Cholera in southern India
Disease focus: Cholera
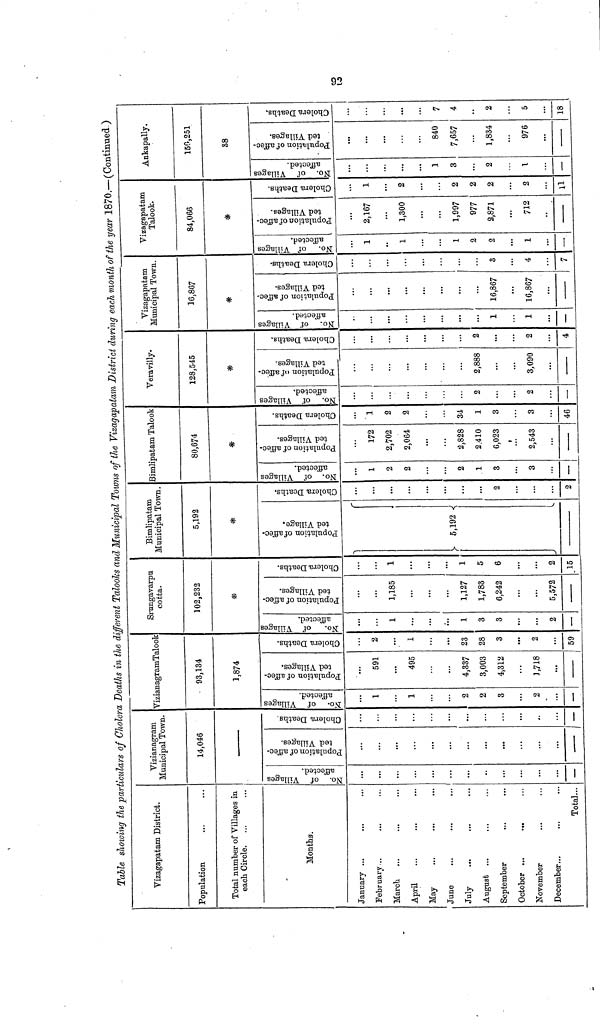
92
Table showing the particulars of Cholera Deaths in the different Talooks and Municipal Towns of the Vizagapatam District during each month of the year 1870.—(Continued )
Vizagapatam District.
Population
Total number of Villages in
each Circle.
Months.
January ...
February...
March
April
May
June
July
August ...
September
October ...
...
November
December...
Total...
Yizianagram
Municipal Town.
14,046
No. of Villages affected
—
Population of affected Villages
Cholera Deaths
—
VizianagramTalook
93,134
1,874
No. of Villages affected
1
1
2
2
3
2
—
Population of affected Villages
591
495
4,337
3,003
4,312
1,718
Cholera Deaths
2
1
23
28
3
2
59
Srungavarpu
cotta.
102,232
No. of Villages affected
1
...
1
3
3
2
—
Population of affected Villages
1,185
...
1,127
1,783
6,242
5,572
Cholera Deaths
1
1
5
6
2
15
Bimlipatam
Municipal Town.
5,192
Population of affected Villages
5,192
Cholera Deaths
...
...
2
...
2
Bimlipatam Talook
80,674
*
No. of Villages affected
1
2
2
2
1
3
3
Population of affected Villages
172
2,702
2,064
2,828
2,410
6,023
2,543
Cholera Deaths
1
2
2
34
1
3
3
46
Veravilly.
128,545
No. of Villages affected
2
2
—
Population of affected Villages
2,888
...
3,090
Cholera Deaths
2
...
2
4
Vizagapatam
Municipal Town.
16,867
*
No. of Villages affected
1
1
—
Population of affected Villages
16,867
16,867
Cholera Deaths
3
4
7
Vizagapatam
Talook.
84,066
*
No. of Villages affected
1
1
1
2
2
1
—
Population of affected Villages
2,167
1,300
1,997
977
2,871
712
Cholera Deaths
1
2
2
2
2
2
11
Ankapally.
150,251
38
No. of Villages affected
1
3
...
2
1
—
Population of affected Villages
...
840
7,657
1,834
976
Cholera Deaths
...
7
4
2
5
18